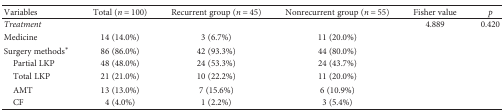
<table><thead><tr><td><b>Variables</b></td><td><b>Total (<i>n</i> = 100)</b></td><td><b>Recurrent group (<i>n</i> = 45)</b></td><td><b>Nonrecurrent group (<i>n</i> = 55)</b></td><td><b>Fisher value</b></td><td><b><i>p</i></b></td></tr></thead><tbody><tr><td><i>Treatment</i></td><td></td><td></td><td></td><td>4.889</td><td>0.420</td></tr><tr><td>Medicine</td><td>14 (14.0%)</td><td>3 (6.7%)</td><td>11 (20.0%)</td><td></td><td></td></tr><tr><td>Surgery methods<sup>∗</sup></td><td>86 (86.0%)</td><td>42 (93.3%)</td><td>44 (80.0%)</td><td> </td><td> </td></tr><tr><td> Partial LKP</td><td>48 (48.0%)</td><td>24 (53.3%)</td><td>24 (43.7%)</td><td rowspan="4"></td><td rowspan="4"></td></tr><tr><td> Total LKP</td><td>21 (21.0%)</td><td>10 (22.2%)</td><td>11 (20.0%)</td></tr><tr><td> AMT</td><td>13 (13.0%)</td><td>7 (15.6%)</td><td>6 (10.9%)</td></tr><tr><td> CF</td><td>4 (4.0%)</td><td>1 (2.2%)</td><td>3 (5.4%)</td></tr></tbody></table>